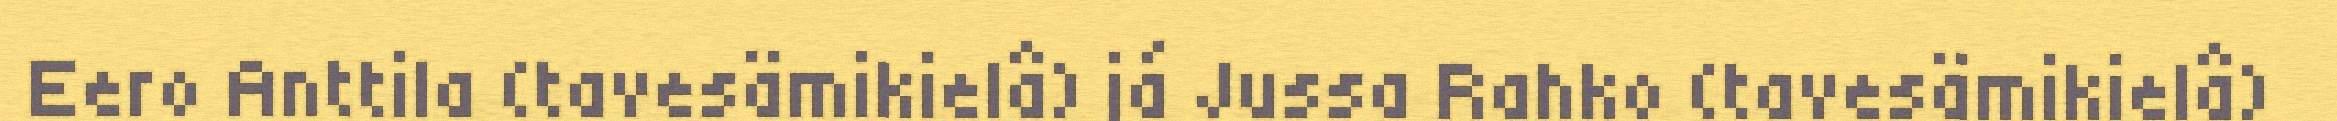
Eero Anttila (tavesämikielâ) já Jussa Rahko (tavesämikielâ)